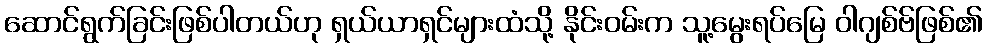
ဆောင်ရွက်ခြင်းဖြစ်ပါတယ်ဟု ရှယ်ယာရှင်များထံသို့ နိုင်းဝမ်းက သူ့မွေးရပ်မြေ ဝါဂျစ်ဗ်ဖြစ်၏